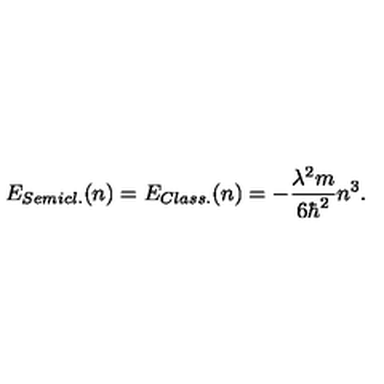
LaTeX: E _ { S e m i c l . } ( n ) = E _ { C l a s s . } ( n ) = - { \frac { \lambda ^ { 2 } m } { 6 \hbar ^ { 2 } } } n ^ { 3 } .